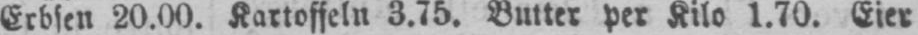
Erbsen 20.00. Kartoffeln 3.75. Butter per Kilo 1.70. Eier